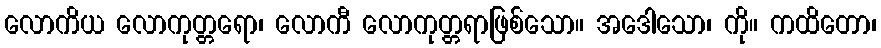
လောကိယ လောကုတ္တရော၊ လောကီ လောကုတ္တရာဖြစ်သော။ အဒေါသော၊ ကို။ ကထိတော၊